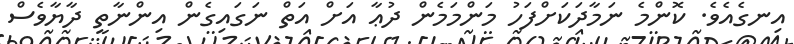
އިނގެއެވެ. ކޮންމެ ނަމާދަކަށްފަހު މަންމަމެން ދުޢާ އަށް އަތް ނަގައިގެން އިންނާތީ ދާޔާވެސް